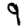
Digit: 9